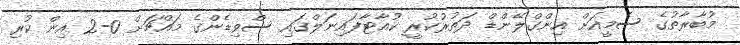
މުބާރާތުގެ ސެމީއަށް އިންގްލޭންޑް ދަތުރުކުރީ ކުއާޓާފައިނަލްގައި ސްވިޑެންގެ މައްޗަށް 0-2 އިން ކުރި